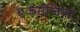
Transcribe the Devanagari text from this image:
एकमंजिला